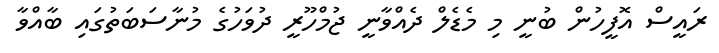
ރައީސް އޮފީހުން ބުނީ މި މެޑެލް ދެއްވާނީ ޖުމްހޫރީ ދުވަހުގެ މުނާސަބަތުގައި ބާއްވާ